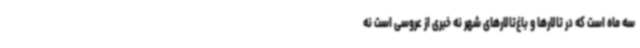
سه ماه است که در تالارها و باغ‌تالارهای شهر نه خبری از عروسی است نه